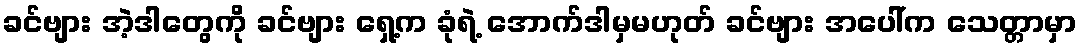
ခင်ဗျား အဲ့ဒါတွေကို ခင်ဗျား ရှေ့က ခုံရဲ့ အောက်ဒါမှမဟုတ် ခင်ဗျား အပေါ်က သေတ္တာမှာ